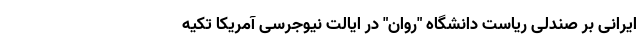
ایرانی بر صندلی ریاست دانشگاه "روان" در ایالت نیوجرسی آمریکا تکیه